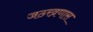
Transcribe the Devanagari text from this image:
जठरव्रणास